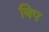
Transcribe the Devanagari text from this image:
बिप